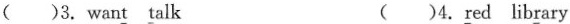
( )3. wan\underline{t} \underline{t}alk ( )4.\underline{r}ed lib\underline{r}ary